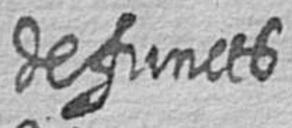
defuncts